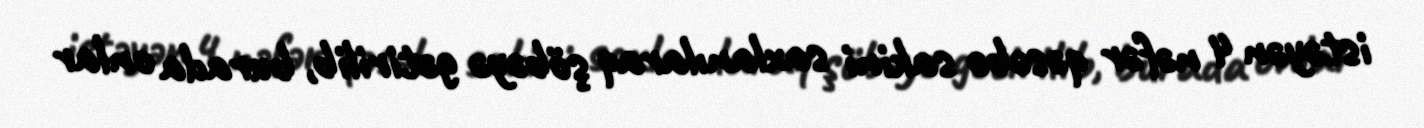
istəyən 4 nəfər qəsəbə sakini saxlanılaraq şöbəyə gətirilib, burada onlar